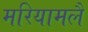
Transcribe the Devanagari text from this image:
मरियामलै